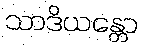
သာဒိယန္တော